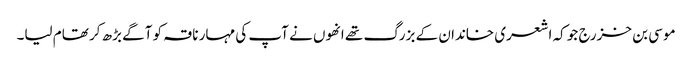
موسی بن خزرج جو کہ اشعری خاندان کے بزرگ تھے انھوں نے آپ کی مہار ناقہ کو آگے بڑھ کر تھام لیا۔